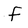
Character: f